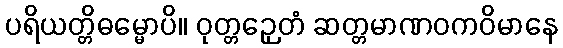
ပရိယတ္တိဓမ္မောပိ။ ဝုတ္တဉှေတံ ဆတ္တမာဏဝကဝိမာနေ